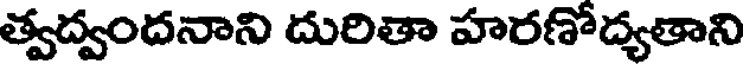
త్వద్వందనాని దురితా హరణోద్యతాని